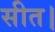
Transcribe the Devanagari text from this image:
सीत।